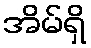
အိမ်ရှိ